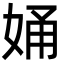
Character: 㛚